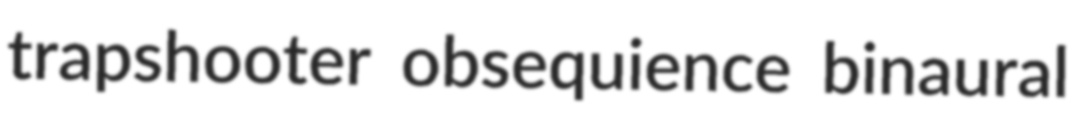
trapshooter obsequience binaural